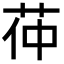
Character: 茽